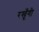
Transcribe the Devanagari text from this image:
रखूँगी